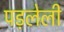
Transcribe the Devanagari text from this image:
पड़लेली